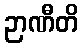
ဉာဏီတိ